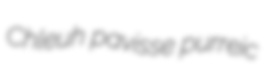
Chleuh pavisse purreic